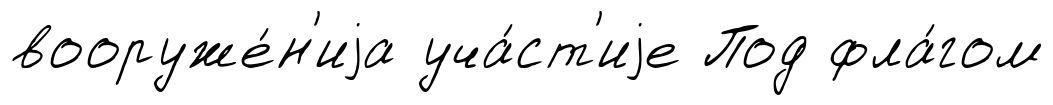
вооруже́н'иjа уча́ст'иjе Под фла́гом